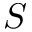
S